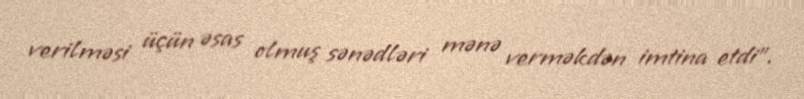
verilməsi üçün əsas olmuş sənədləri mənə verməkdən imtina etdi".